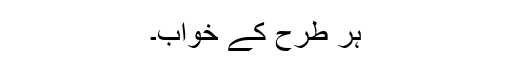
ہر طرح کے خواب۔